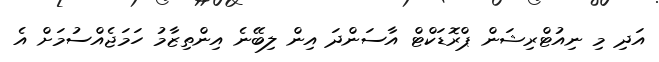
އަދި މި ނިއުޓްރިޝަން ޕްރޮޑަކްޓް އާސަންދަ އިން ލިބޭނެ އިންތިޒާމު ހަމަޖެއްސުމަށް އެ